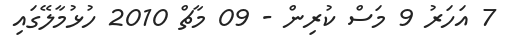
7 އަހަރު 9 މަސް ކުރިން - 09 މާޗް 2010 ހުޅުމާލޭގައި